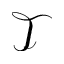
\mathcal { T }